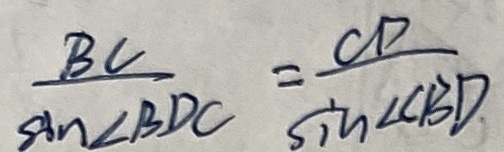
\frac { B C } { \sin \angle B D C } = \frac { C D } { \sin \angle C B D }